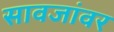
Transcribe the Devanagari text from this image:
सावजांवर